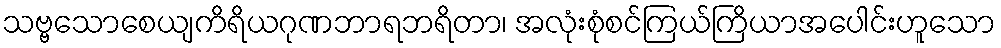
သဗ္ဗသောစေယျကိရိယဂုဏဘာရဘရိတာ၊ အလုံးစုံစင်ကြယ်ကြိယာအပေါင်းဟူသော